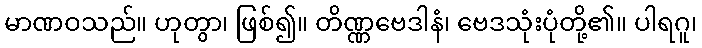
မာဏဝသည်။ ဟုတွာ၊ ဖြစ်၍။ တိဏ္ဏဗေဒါနံ၊ ဗေဒသုံးပုံတို့၏။ ပါရဂူ၊